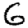
Digit: 6